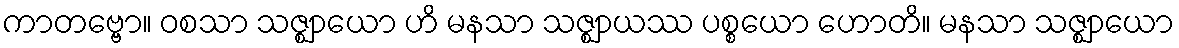
ကာတဗ္ဗော။ ဝစသာ သဇ္ဈာယော ဟိ မနသာ သဇ္ဈာယဿ ပစ္စယော ဟောတိ။ မနသာ သဇ္ဈာယော